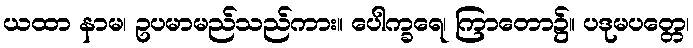
ယထာ နာမ၊ ဥပမာမည်သည်ကား။ ပေါက္ခရေ၊ ကြာတော၌။ ပဒုမပတ္တေ၊